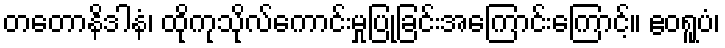
တတောနိဒါနံ၊ ထိုကုသိုလ်ကောင်းမှုပြုခြင်းအကြောင်းကြောင့်။ ဧဝရူပံ၊